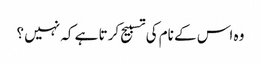
وہ اس کے نام کی تسبیح کرتا ہے کہ نہیں ؟